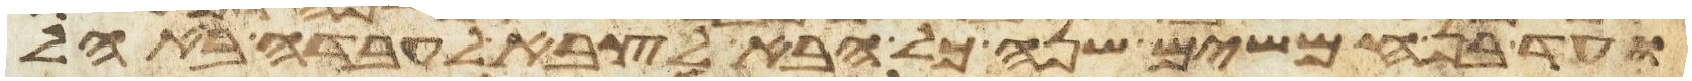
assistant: ועד בן חמשים שנה כל הבא לצבא לעבדה באהל